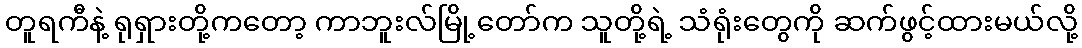
တူရကီနဲ့ ရုရှားတို့ကတော့ ကာဘူးလ်မြို့တော်က သူတို့ရဲ့ သံရုံးတွေကို ဆက်ဖွင့်ထားမယ်လို့